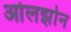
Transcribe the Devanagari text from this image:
ओलझोन